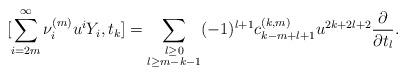
LaTeX: \begin{align*}[\sum_{i=2m}^{\infty}\nu_i^{(m)}u^iY_i,t_k]=\sum_{\substack{l\geq 0\\l\geq m-k-1}}(-1)^{l+1}c_{k-m+l+1}^{(k,m)}u^{2k+2l+2}\frac{\partial}{\partial t_l}. \end{align*}